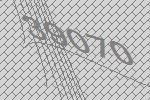
39070